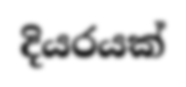
දියරයක්